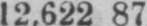
12,622 87